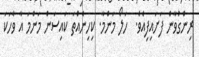
ރިންގުވާން ފަށައިފިއެވެ.  ހަލޯ މަންމާ. ކިހިނެއްތަ ކައިސަން މަންމަ އާ ވާހަކަ